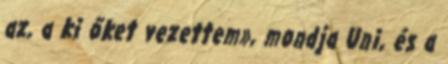
az, a ki őket vezettem», mondja Uni, és a